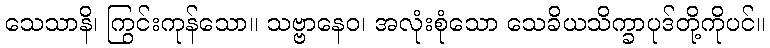
သေသာနိ၊ ကြွင်းကုန်သော။ သဗ္ဗာနေဝ၊ အလုံးစုံသော သေခိယသိက္ခာပုဒ်တို့ကိုပင်။